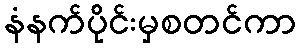
နံနက်ပိုင်းမှစတင်ကာ